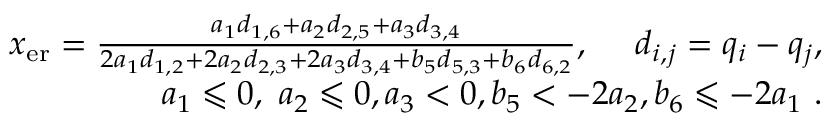
\begin{array} { r } { x _ { \mathrm { e r } } = \frac { a _ { 1 } d _ { 1 , 6 } + a _ { 2 } d _ { 2 , 5 } + a _ { 3 } d _ { 3 , 4 } } { 2 a _ { 1 } d _ { 1 , 2 } + 2 a _ { 2 } d _ { 2 , 3 } + 2 a _ { 3 } d _ { 3 , 4 } + b _ { 5 } d _ { 5 , 3 } + b _ { 6 } d _ { 6 , 2 } } , \ \ \ \ d _ { i , j } = q _ { i } - q _ { j } , } \\ { a _ { 1 } \leqslant 0 , \ a _ { 2 } \leqslant 0 , a _ { 3 } < 0 , b _ { 5 } < - 2 a _ { 2 } , b _ { 6 } \leqslant - 2 a _ { 1 } \ . } \end{array}